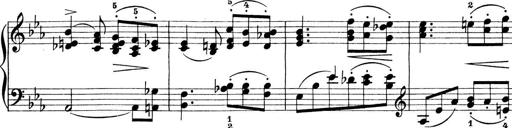
Title: Preis-Sonatine
Composer: Ernst James Bremner